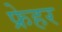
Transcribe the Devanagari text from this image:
फ्रेहर